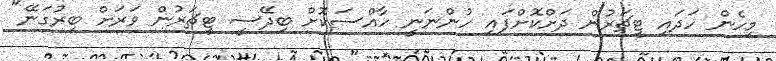
މިހެން ހަދައި ޓީޗަރުން ދަށްކޮށްފައި ހުންނަނީ ހާއްސަކޮށް ބިދޭސީ ޓީޗަރުން ވަރަށް ބިރުގަނޭ"